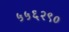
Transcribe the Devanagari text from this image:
५५६२९०